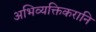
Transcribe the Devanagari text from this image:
अभिव्यक्तिकरानि